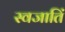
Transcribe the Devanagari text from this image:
स्वजातिं